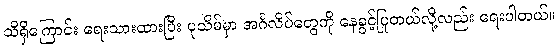
သိရှိကြောင်း ရေးသားထားပြီး ပုသိမ်မှာ အင်္ဂလိပ်တွေကို နေခွင့်ပြုတယ်လို့လည်း ရေးပါတယ်။